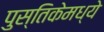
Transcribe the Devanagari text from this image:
पुस्तिकेमध्ये